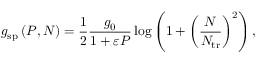
g _ { \mathrm { s p } } \left( P , N \right) = \frac { 1 } { 2 } \frac { g _ { 0 } } { 1 + \varepsilon P } \log \left( 1 + \left( \frac { N } { N _ { \mathrm { t r } } } \right) ^ { 2 } \right) ,